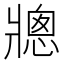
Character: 𪺠